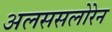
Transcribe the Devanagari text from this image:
अलससलोरेन